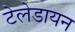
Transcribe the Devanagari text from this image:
टेलेडायन